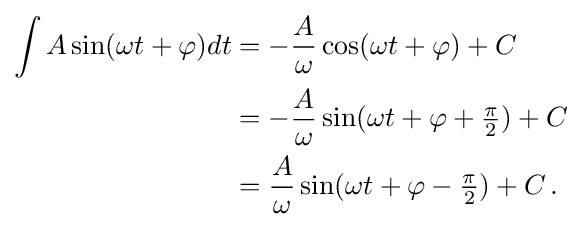
{\begin{aligned}\int A\sin(\omega t+\varphi )dt&=-{\frac {A}{\omega }}\cos(\omega t+\varphi )+C\\&=-{\frac {A}{\omega }}\sin(\omega t+\varphi +{\tfrac {\pi }{2}})+C\\&={\frac {A}{\omega }}\sin(\omega t+\varphi -{\tfrac {\pi }{2}})+C\,.\end{aligned}}